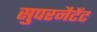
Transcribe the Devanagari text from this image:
सुपरनैटेंट